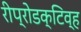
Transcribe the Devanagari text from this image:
रीप्रोडक्टिव्ह